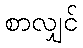
စာလျှင်